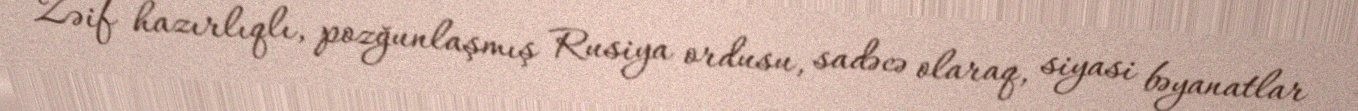
Zəif hazırlıqlı, pozğunlaşmış Rusiya ordusu, sadəcə olaraq, siyasi bəyanatlar